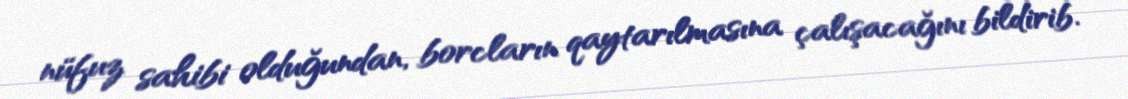
nüfuz sahibi olduğundan, borcların qaytarılmasına çalışacağını bildirib.